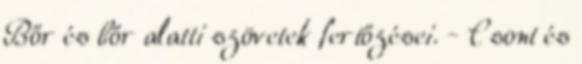
Bőr és bőr alatti szövetek fertőzései. - Csont és